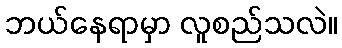
ဘယ်နေရာမှာ လူစည်သလဲ။